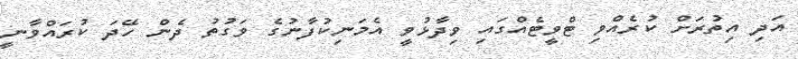
އަދިި އިތުރަށް ކުރެއްވި ޓްވީޓެއްގައި ވިދާޅުވީ އެމަނިކުފާނުގެ ވަގުތު ދެން ހޭދަ ކުރައްވާނީ